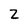
Character: z